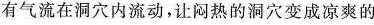
有气流在洞穴内流动，让闷热的洞穴变成凉爽的